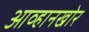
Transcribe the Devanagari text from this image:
आव्हानखोर